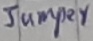
Text: Jumper